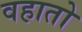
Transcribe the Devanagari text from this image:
वहातो